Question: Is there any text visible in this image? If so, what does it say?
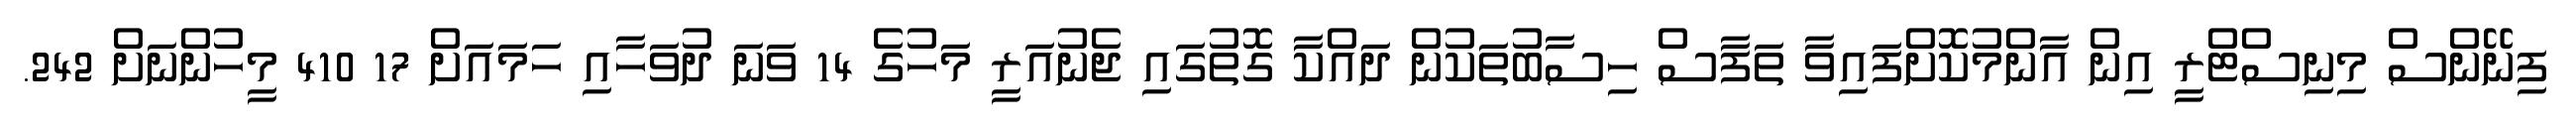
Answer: ފިނޭންސް މިނިސްޓްރީ އިން އާންމުކޮށްފައިވާ ތަފާސް ހިސާބުތަކުން ދައްކާ ގޮތުގައި ޖެނުއަރީ މަހުގެ 14 ވަނަ ދުވަހާއި ހަމައަށް 17 410 މީހުންނަށް 242.